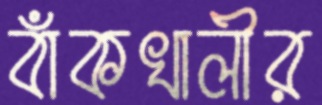
বাঁকখালীর